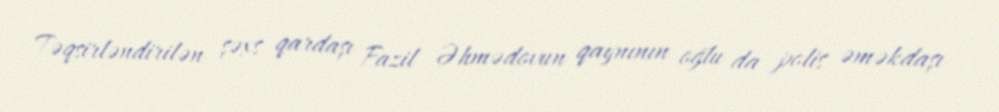
Təqsirləndirilən şəxs qardaşı Fazil Əhmədovun qaynının oğlu da polis əməkdaşı